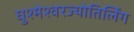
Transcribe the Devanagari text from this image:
घुश्मेश्वरज्योतिर्लिंग